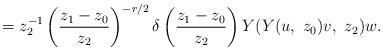
LaTeX: \begin{align*}=z_{2}^{-1}\left(\frac{z_{1}-z_{0}}{z_{2}}\right)^{-r/2}\delta\left(\frac{z_{1}-z_{0}}{z_{2}}\right)Y(Y(u,\ z_{0})v,\ z_{2})w.\end{align*}